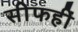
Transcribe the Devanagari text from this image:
सीफहीं